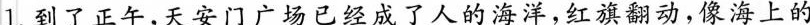
1.到了正午，天安门广场已经成了人的海洋，红旗翻动，像海上的